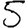
Digit: 5